Vaccine operations Central Provinces 1868-1885 - 1868-1885
Year: 1868
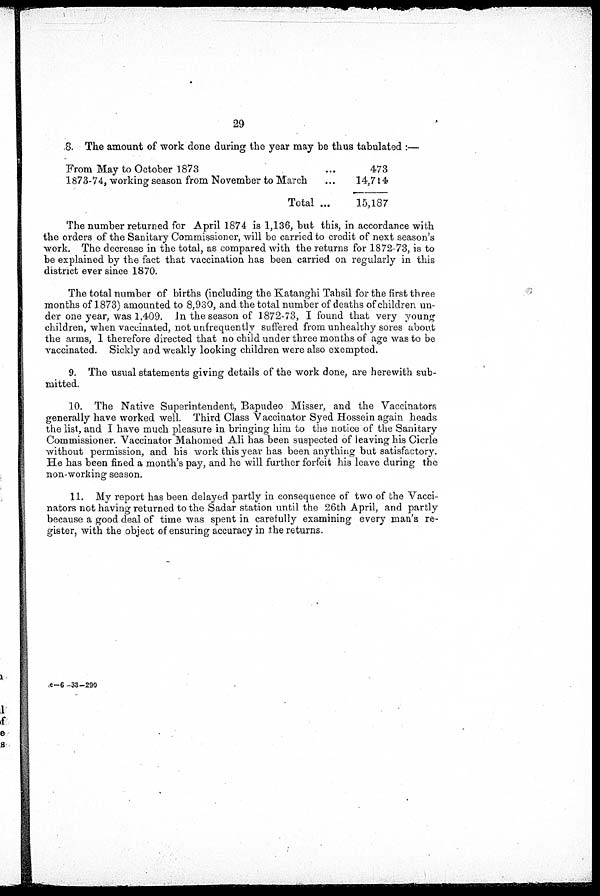
29
8. The amount of work done during the year may be thus tabulated :—
From May to October 1873
1873-74, working season from November to March
Total ...
473
14,714
15,187
The number returned for April 1874 is 1,136, but this, in accordance with
the orders of the Sanitary Commissioner, will be carried to credit of next season's
work. The decrease in the total, as compared with the returns for 1872-73, is to
be explained by the fact that vaccination has been carried on regularly in this
district ever since 1870.
The total number of births (including the Katanghi Tahsil for the first three
months of 1873) amounted to 8,930, and the total number of deaths of children un-
der one year, was 1,409. In the season of 1872-73, I found that very young
children, when vaccinated, not unfrequently suffered from unhealthy sores about
the arms, 1 therefore directed that no child under three months of age was to be
vaccinated. Sickly and weakly looking children were also exempted.
9. The usual statements giving details of the work done, are herewith sub-
mitted.
10. The Native Superintendent, Bapudeo Misser, and the Vaccinators
generally have worked well. Third Class Vaccinator Syed Hossein again heads
the list, and I have much pleasure in bringing him to the notice of the Sanitary
Commissioner. Vaccinator Mahomed Ali has been suspected of leaving his Cicrle
without permission, and his work this year has been anything but satisfactory.
He has been fined a month's pay, and he will further forfeit his leave during the
non-working season.
11. My report has been delayed partly in consequence of two of the Vacci-
nators not having returned to the Sadar station until the 26th April, and partly
because a good deal of time was spent in carefully examining every man's re-
gister, with the object of ensuring accuracy in the returns.
c—6 -33-290